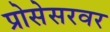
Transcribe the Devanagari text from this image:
प्रोसेसरवर